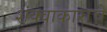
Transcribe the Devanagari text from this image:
शंक्वाकाराचे